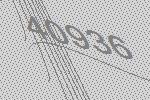
40936